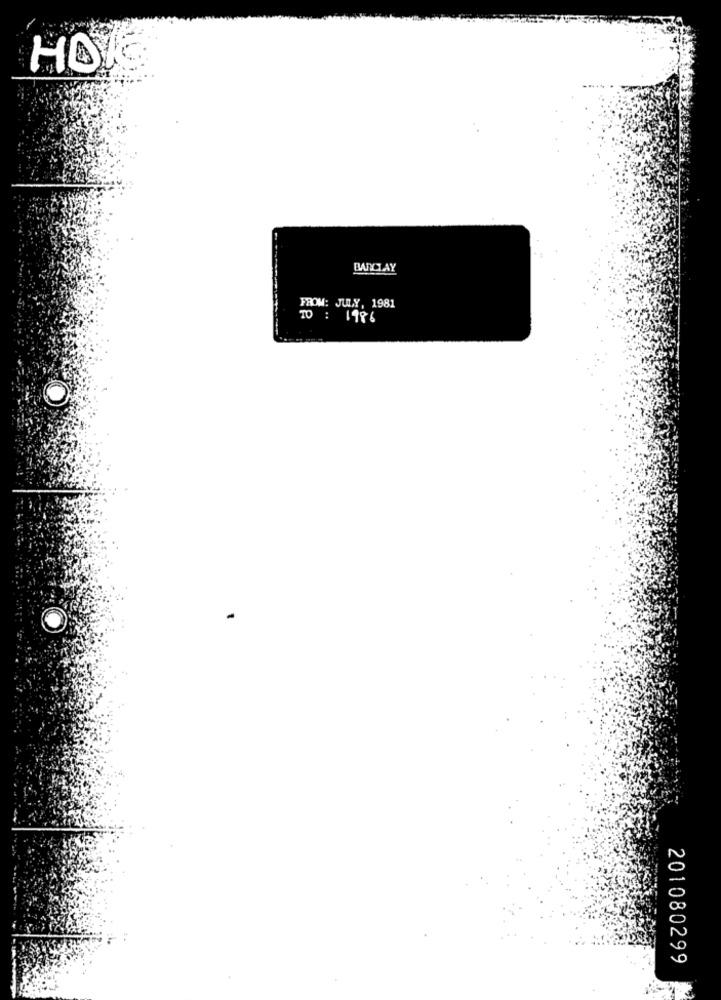
HO
BARCLAY
FROM: JULY, 1981
TO : 1986
201080299